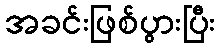
အခင်းဖြစ်ပွားပြီး